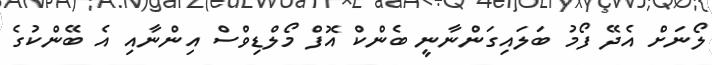
ލޯނަށް އެދޭ ފޯމު ބަލައިގަންނާނީ ބެންކް އޮފް މޯލްޑިވްސް އިންނާއި އެ ބޭންކުގެ